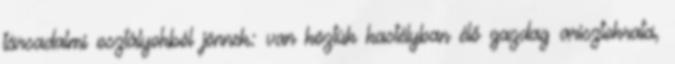
társadalmi osztályokból jönnek: van köztük kastélyban élő gazdag arisztokrata,